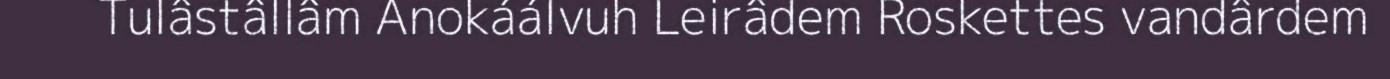
Tulâstâllâm Anokáálvuh Leirâdem Roskettes vandârdem